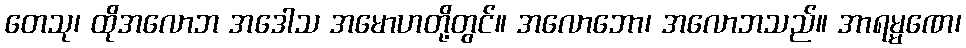
တေသု၊ ထိုအလောဘ အဒေါသ အမောဟတို့တွင်။ အလောဘော၊ အလောဘသည်။ အာရမ္မဏေ၊